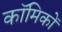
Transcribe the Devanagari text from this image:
काॅमिकों